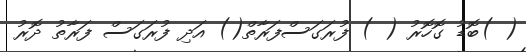
( )ބޮޑު ގޮހޮރު ( ) ފުރަގަސްފަރާތް() އަދި ފުރަގަސް ފަރާތު ދޮރު